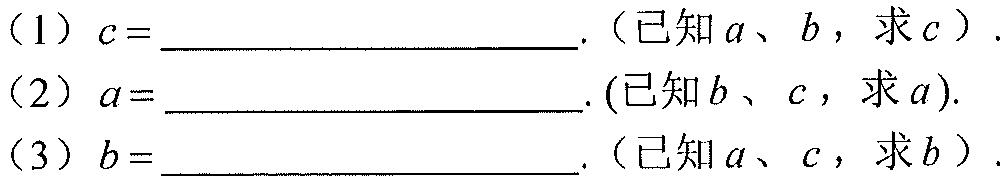
（1）\(c = \_\_\_\_\_\_\_\_\_\_\).（已知\(a\)、\(b\)，求\(c\)）.
（2）\(a = \_\_\_\_\_\_\_\_\_\_\). (已知\(b\)、\(c\)，求\(a\)).
（3）\(b = \_\_\_\_\_\_\_\_\_\_\).（已知\(a\)、\(c\)，求\(b\)）.